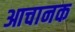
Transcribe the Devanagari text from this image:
आचानक